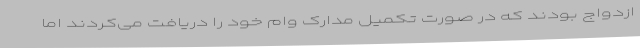
ازدواج بودند که در صورت تکمیل مدارک وام خود را دریافت می‌کردند اما